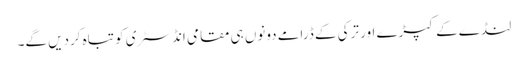
لنڈے کے کپڑے اور ترکی کے ڈرامے دونوں ہی مقامی انڈسٹری کو تباہ کردیں گے۔